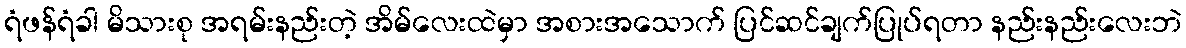
ရံဖန်ရံခါ မိသားစု အရမ်းနည်းတဲ့ အိမ်လေးထဲမှာ အစားအသောက် ပြင်ဆင်ချက်ပြုပ်ရတာ နည်းနည်းလေးဘဲ